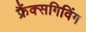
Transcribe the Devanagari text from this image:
फ्रैंक्सगिविंग